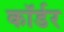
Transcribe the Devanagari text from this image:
कॉर्डर